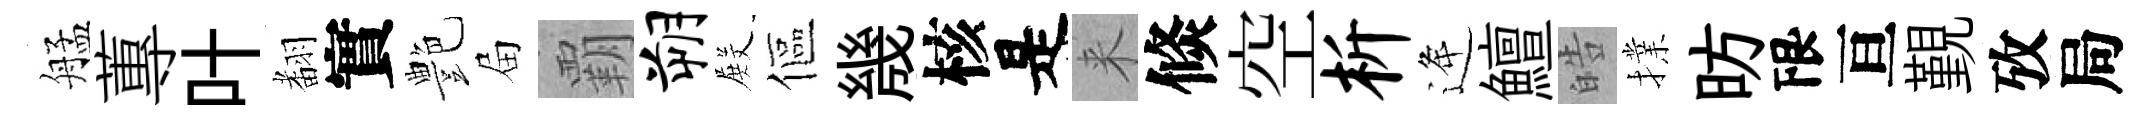
艋蓴叶𮋒實艶屇覇朔𭮺傴㡬核是来倐空析逄鱣皓擈昉限亘覲攷局